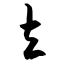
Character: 立